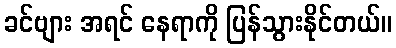
ခင်ဗျား အရင် နေရာကို ပြန်သွားနိုင်တယ်။